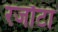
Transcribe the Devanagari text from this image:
रजौटा